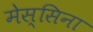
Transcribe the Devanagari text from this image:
मेस्सिना